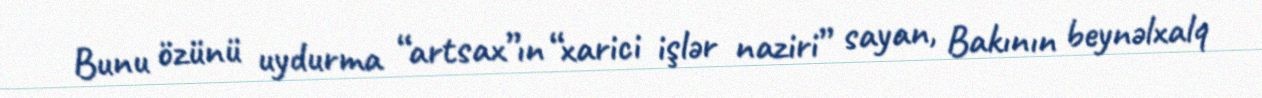
Bunu özünü uydurma “artsax”ın “xarici işlər naziri” sayan, Bakının beynəlxalq